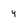
Character: 4